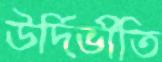
উর্দিভীতি